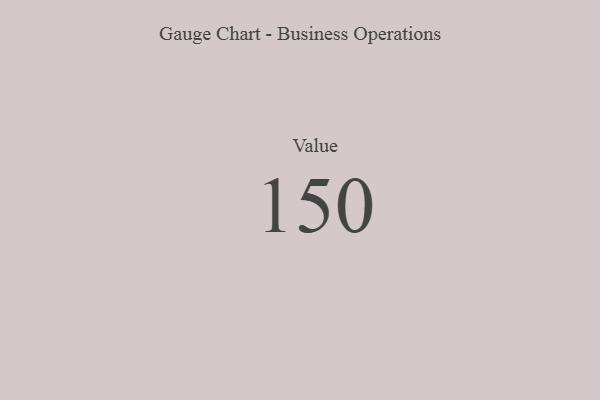
{"axis": {"x": "Metric", "y": "Value"}, "legend": [""], "data": [{"x": "Value", "y": 150, "type": ""}]}